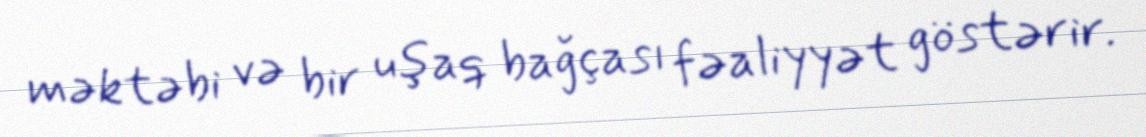
məktəbi və bir uşaq bağçası fəaliyyət göstərir.